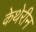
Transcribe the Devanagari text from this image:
केथेरीन